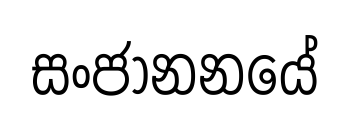
සංජානනයේ